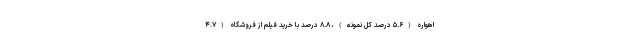
اهواره (۵.۶ درصد کل نمونه)، ۸.۸ درصد با خرید فیلم از فروشگاه (۴.۷